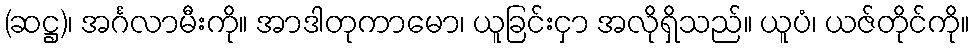
(ဆဋ္ဌ)၊ အင်္ဂလာမီးကို။ အာဒါတုကာမော၊ ယူခြင်းငှာ အလိုရှိသည်။ ယူပံ၊ ယဇ်တိုင်ကို။